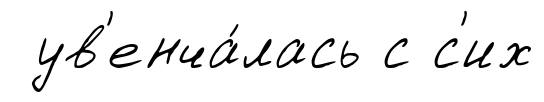
ув'енча́лась с с'их